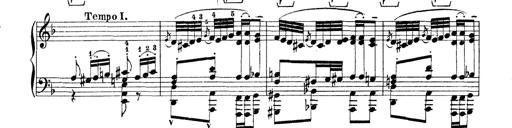
Title: Rapsodie: 19 ungheresi, 1 spagnuola
Composer: Franz Liszt